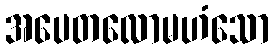
အပေတလောမဟံသော